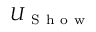
U _ { \mathrm { ~ S ~ h ~ o ~ w ~ } }